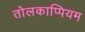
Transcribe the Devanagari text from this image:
तोलकाप्पियम